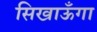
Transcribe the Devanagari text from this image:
सिखाऊँगा